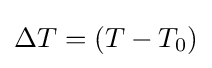
\Delta T=(T-T_{0})